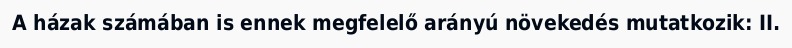
A házak számában is ennek megfelelő arányú növekedés mutatkozik: II.